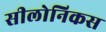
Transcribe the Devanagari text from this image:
सीलोनिकस